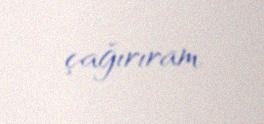
çağırıram.